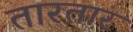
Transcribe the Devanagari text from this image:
तारतार